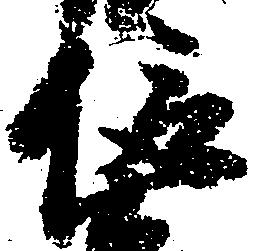
信